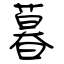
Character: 暮